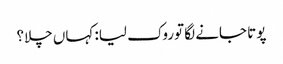
پوتا جانے لگا توروک لیا: کہاں چلا؟